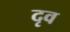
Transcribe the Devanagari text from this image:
दृव